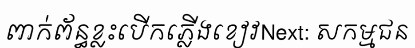
ពាក់ព័ន្ធខ្លះបើកភ្លើងខៀវNext: សកម្មជន